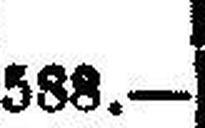
588.—